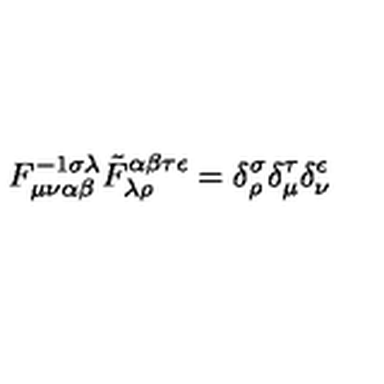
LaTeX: F _ { \mu \nu \alpha \beta } ^ { - 1 \sigma \lambda } \tilde { F } _ { \lambda \rho } ^ { \alpha \beta \tau \epsilon } = \delta _ { \rho } ^ { \sigma } \delta _ { \mu } ^ { \tau } \delta _ { \nu } ^ { \epsilon }